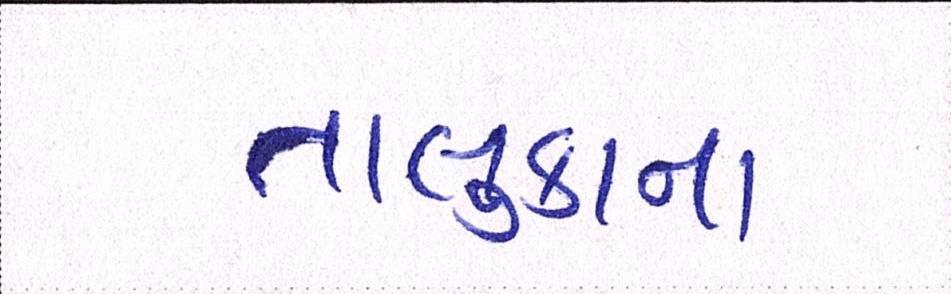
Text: તાલુકાના